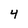
Character: 4